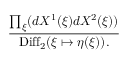
{ \frac { \prod _ { \xi } ( d X ^ { 1 } ( \xi ) d X ^ { 2 } ( \xi ) ) } { \mathrm { D i f f } _ { 2 } ( \xi \mapsto \eta ( \xi ) ) . } }